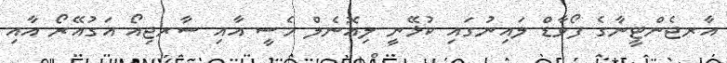
އާރޖެންޓީނާގެ ފޯވާޑް ލައިނުގައި ކުޅޭނީ ލިއޮނެލް މެސީ އާއި ސާރޖިއޯ އަގުއޭރޯ އާއި